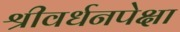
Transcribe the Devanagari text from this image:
श्रीवर्धनपेक्षा